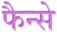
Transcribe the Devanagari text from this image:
फैन्से